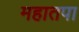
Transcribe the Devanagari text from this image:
महातपा